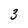
Character: 3